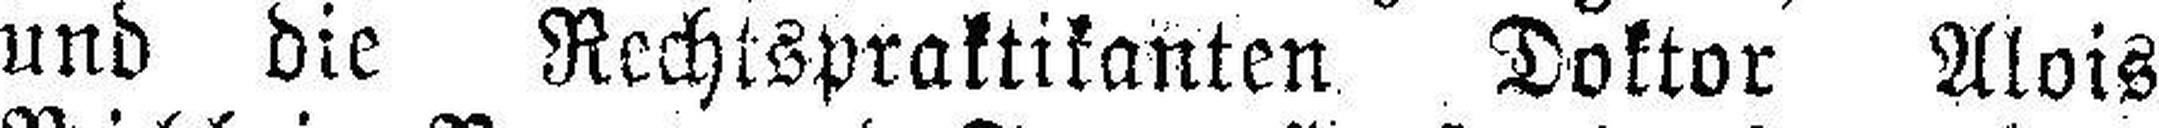
und die Rechtspraktikanten Doktor Alois